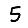
Digit: 5